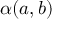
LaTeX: \alpha ( a , b )